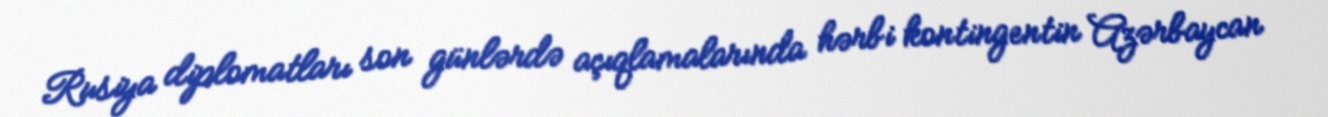
Rusiya diplomatları son günlərdə açıqlamalarında hərbi kontingentin Azərbaycan